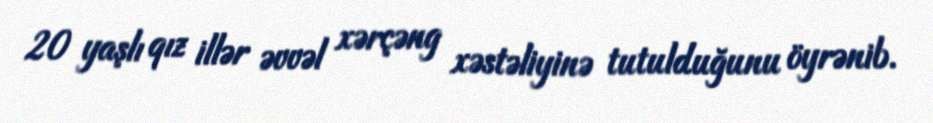
20 yaşlı qız illər əvvəl xərçəng xəstəliyinə tutulduğunu öyrənib.